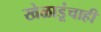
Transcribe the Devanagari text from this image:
खेळाडूंचाही